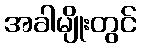
အခါမျိုးတွင်